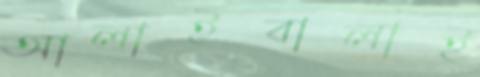
আলাইবালাই